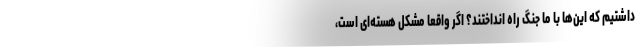
داشتیم که این‌ها با ما جنگ راه انداختند؟ اگر واقعاً مشکل هسته‌ای است،